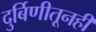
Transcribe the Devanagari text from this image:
दुर्बिणीतूनही